Indian journal of veterinary science and animal husbandry - Volumes 24-25, 1954-1955
Year: 1954
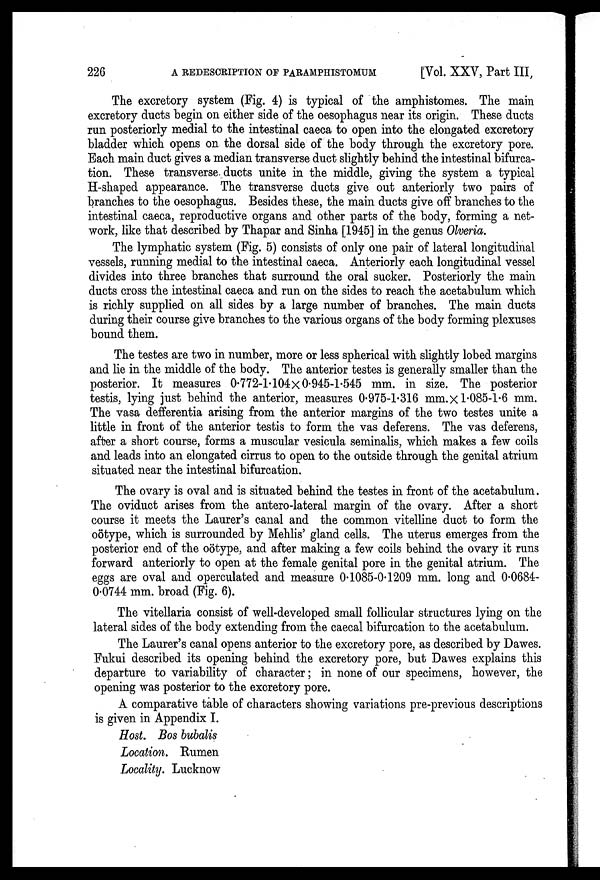
226
A
REDESCRIPTION
OF
PARAMPHISTOMUM
[Vol. XXV, Part III,
The excretory system (Fig. 4) is typical of the amphistomes. The main
excretory ducts begin on either side of the oesophagus near its origin. These ducts
run posteriorly medial to the intestinal caeca to open into the elongated excretory
bladder which opens on the dorsal side of the body through the excretory pore.
Each main duct gives a median transverse duct slightly behind the intestinal bifurca-
tion. These transverse ducts unite in the middle, giving the system a typical
H-shaped appearance. The transverse ducts give out anteriorly two pairs of
branches to the oesophagus. Besides these, the main ducts give off branches to the
intestinal caeca, reproductive organs and other parts of the body, forming a net-
work, like that described by Thapar and Sinha [1945] in the genus Olveria.
The lymphatic system (Fig. 5) consists of only one pair of lateral longitudinal
vessels, running medial to the intestinal caeca. Anteriorly each longitudinal vessel
divides into three branches that surround the oral sucker. Posteriorly the main
ducts cross the intestinal caeca and run on the sides to reach the acetabulum which
is richly supplied on all sides by a large number of branches. The main ducts
during their course give branches to the various organs of the body forming plexuses
bound them.
The testes are two in number, more or less spherical with slightly lobed margins
and lie in the middle of the body. The anterior testes is generally smaller than the
posterior. It measures 0.772-1.104 x 0.945-1.545 mm. in size. The posterior
testis, lying just behind the anterior, measures 0.975-1.316 mm. X 1.085-1.6 mm.
The vasa defferentia arising from the anterior margins of the two testes unite a
little in front of the anterior testis to form the vas deferens. The vas deferens,
after a short course, forms a muscular vesicula seminalis, which makes a few coils
and leads into an elongated cirrus to open to the outside through the genital atrium
situated near the intestinal bifurcation.
The ovary is oval and is situated behind the testes in front of the acetabulum.
The oviduct arises from the antero-lateral margin of the ovary. After a short
course it meets the Laurer's canal and the common vitelline duct to form the
oötype, which is surrounded by Mehlis' gland cells. The uterus emerges from the
posterior end of the oötype, and after making a few coils behind the ovary it runs
forward anteriorly to open at the female genital pore in the genital atrium. The
eggs are oval and operculated and measure 0.1085-0.1209 mm. long and 0.0684-
0.0744 mm. broad (Fig. 6).
The vitellaria consist of well-developed small follicular structures lying on the
lateral sides of the body extending from the caecal bifurcation to the acetabulum.
The Laurer's canal opens anterior to the excretory pore, as described by Dawes.
Fukui described its opening behind the excretory pore, but Dawes explains this
departure to variability of character; in none of our specimens, however, the
opening was posterior to the excretory pore.
A comparative table of characters showing variations pre-previous descriptions
is given in Appendix I.
Host. Bos bubalis
Location. Rumen
Locality. Lucknow